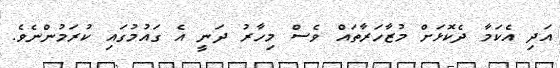
އަދި އެކަމާ ދެކޮޅަށް މުޒާހަރާތައް ވެސް މިހާރު ދަނީ އެ ގައުމުގައި ކުރަމުންނެވެ.